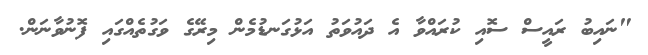
"ނައިބު ރައީސް ސޮއި ކުރައްވާ އެ ދައުވަތު އަޅުގަނޑުމެން މިރޭގެ ވަގުތެއްގައި ފޮނުވާނަން.